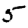
Digit: 5